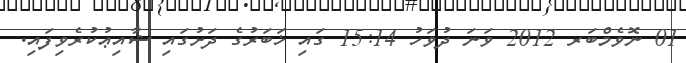
01 ނޮވެމްބަރ 2012 ވަނަ ދުވަހު 15:14 ގައި ޚަބަރުގެ ދަށުގައި ޝާއިޢުކުރެވިފައި.